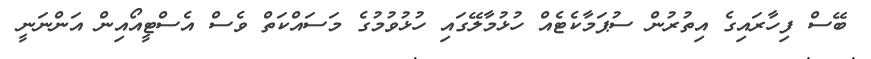
ބޭސްް ފިހާރައިގެ އިތުރުން ސުޕަމާކެޓެއް ހުޅުމާލޭގައި ހުޅުވުމުގެ މަސައްކަތް ވެސް އެސްޓީއޯއިން އަންނަނީ